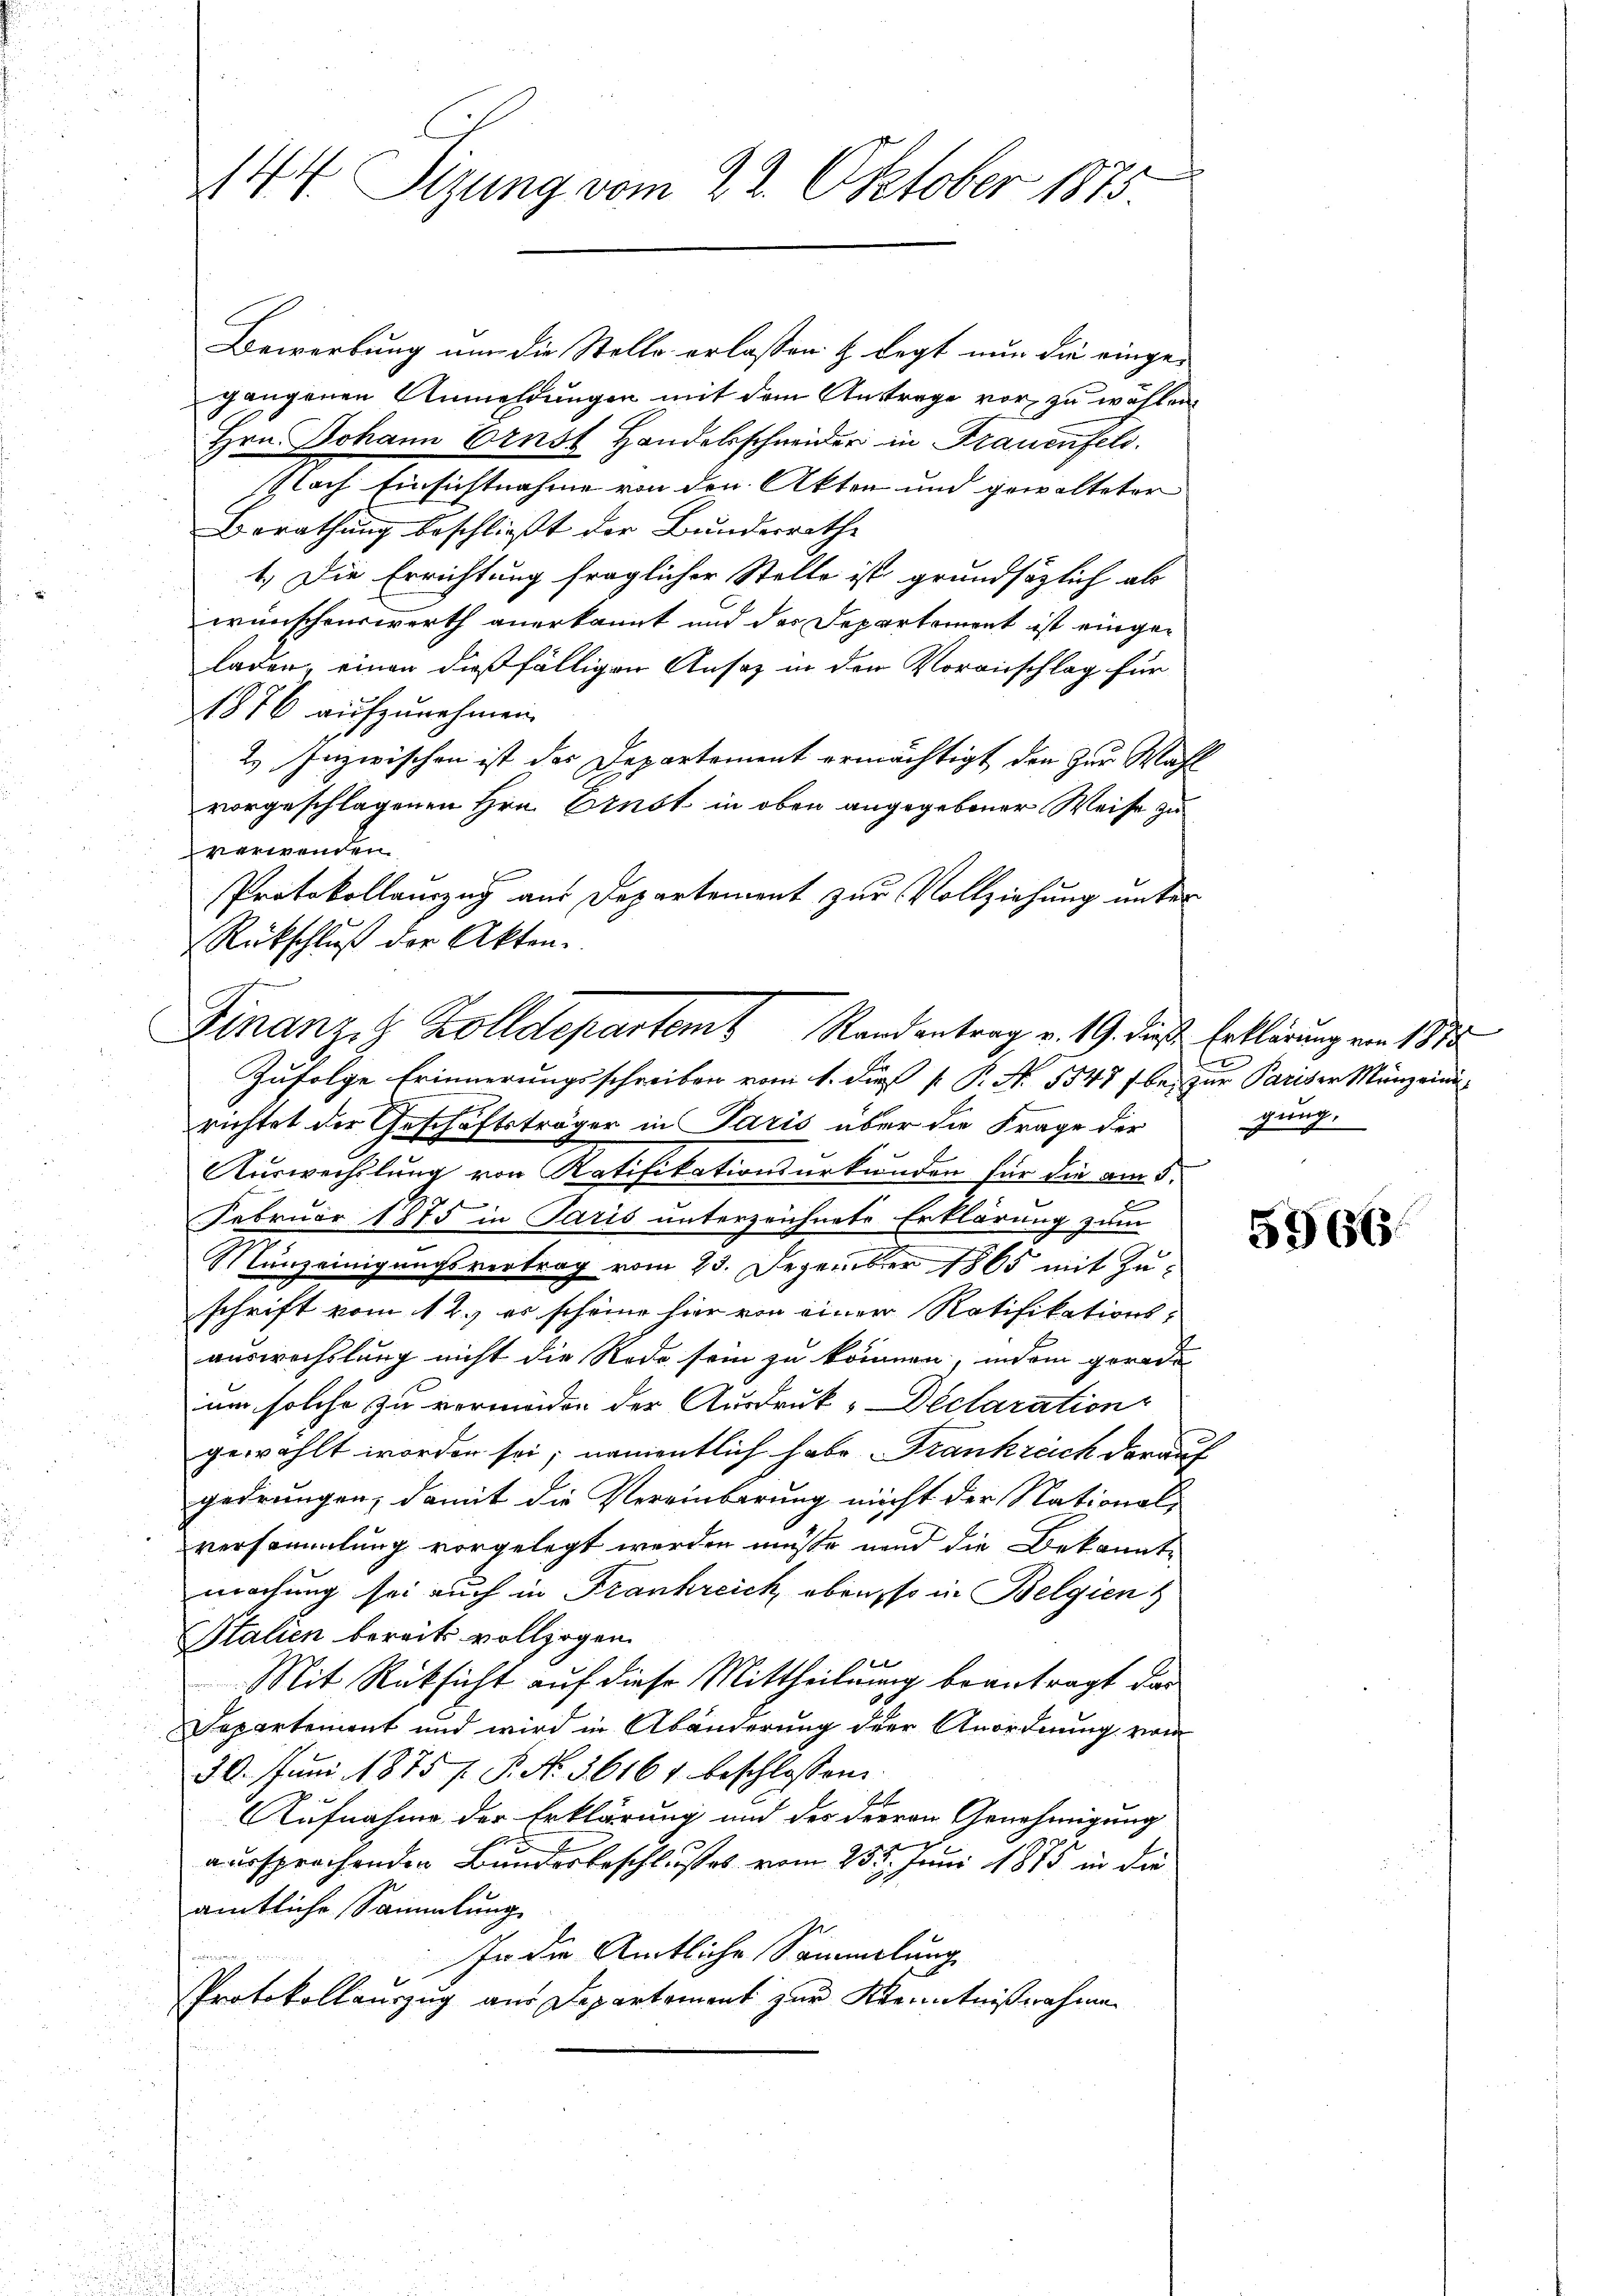
144. Sizung vom 22. Oktober 1875.

Bewerbung um die Stelle erlassen & legt nun die einge-
gangenen Anmehrungen mit dem Austrage vor, zu wählen
Hrn. Johann Ernst Handelsschneider in Frauenfeld.
Nach Einsichtnahme von den Akten und gewalteter
Berathung beschließt der Bundesrathe
1. Die Errichtung fraglicher Stelle ist grundsätzlich als
wünschenswerth anerkannt und das Departement ist eingeladen, einen dießfälligen Ansaz in den Voranschlag für
1876 aufzunehmen.
2. Inzwischen ist des Departement ermächtigt den zur Wahl
vorgeschlagenen Hrn. Ernst in oben angegebener Weise zu
verwenden
PProtokollanzug aus Departement zur Vollziehung unter
Rückschluß der Akten.
Zufolge Erinnerungsschreiben vom 1. Der P. P. No. 5347 fbe, zur Pariser Münzend
richtet der Geschäftsträger in Paris über die Frage der
Auswechslung von Ratifikationsurkunden für die am 5.
Februar 1875 in Paris unterzeichnete Erklärung zum
Munzeinigungsvertrag vom 23. Dezember 1865 mit Zuschrift vom 12.) es scheine hier von einen Ratifikations-
auswechslung nicht die Rede sein zu können, indem gerade
ium solche zu vermögen der Ausdruck-Declaration
gewählt worden sei; namentlich habe Frankreich darauf
gedrungen, damit die Vereinbarung nicht der National-
versammlung vorgelegt werden müsse und die Bekannte
machung sei auch in Frankreich, eben, so in Belgien
Italien bereits vollzogen.
xx
Mit Rücksicht auf diese Mittheilung beantragt das
Departement und wird in Abänderung der Anordnung vom
30. Juni 1875 f. P. No. 36161. beschlossen:
Aufnahme der Erklärung und der dievon Genehmigung
aursprechenden Bunderbeschlußes vom 255. Juni 1875 in die
amtliche Sammlung
In die Amtliche Sammlung
Protokollauszug aus Departement zur Kenntnißnahmen

Finanzig Kolldepartem Randantrag v. 19. die Erklärung von 1812

gung.

5966.